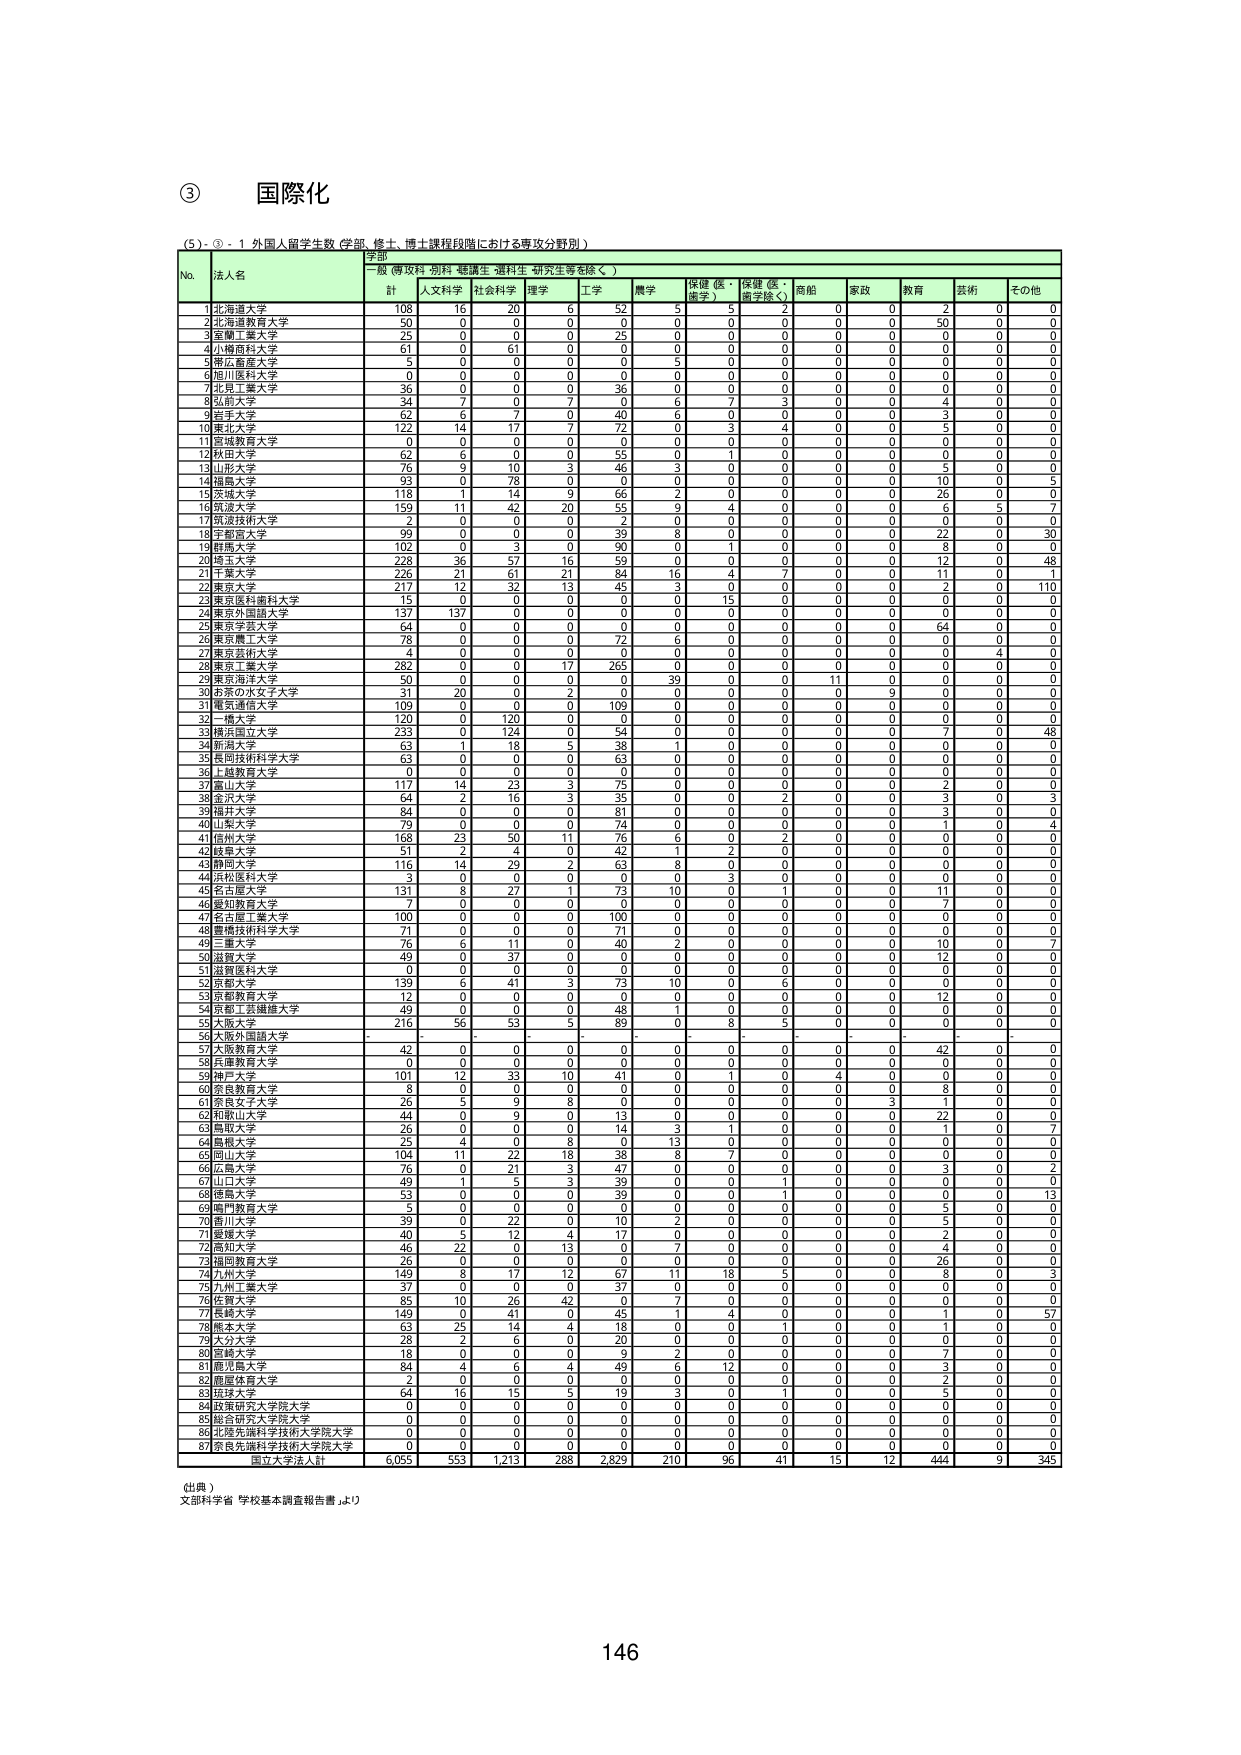
③ 国際化

（5）- ③ - 1 外国人留学生数（学部、修士、博士課程段階における専攻分野別）

学部
一般（専攻科・別科・聴講生・選科生・研究生等を除く）

No. 法人名 計 人文科学 社会科学 理学 工学 農学 保健（医・歯学） 保健（医・歯学除く） 商船 家政 教育 芸術 その他

1 北海道大学 108 16 20 6 52 5 5 2 0 0 2 0 0
2 北海道教育大学 50 0 0 0 0 0 0 0 0 0 50 0 0
3 室蘭工業大学 25 0 0 0 25 0 0 0 0 0 0 0 0
4 小樽商科大学 61 0 61 0 0 0 0 0 0 0 0 0 0
5 帯広畜産大学 5 0 0 0 0 5 0 0 0 0 0 0 0
6 旭川医科大学 0 0 0 0 0 0 0 0 0 0 0 0 0
7 北見工業大学 36 0 0 0 36 0 0 0 0 0 0 0 0
8 弘前大学 34 7 0 7 0 6 7 3 0 0 4 0 0
9 岩手大学 62 6 7 0 40 6 0 0 0 0 3 0 0
10 東北大学 122 14 17 7 72 0 3 4 0 0 5 0 0
11 宮城教育大学 0 0 0 0 0 0 0 0 0 0 0 0 0
12 秋田大学 62 6 0 0 55 0 1 0 0 0 0 0 0
13 山形大学 76 9 10 3 46 3 0 0 0 0 5 0 0
14 福島大学 93 0 78 0 0 0 0 0 0 0 10 0 5
15 久留米大学 118 11 14 9 66 2 0 0 0 0 26 0 0
16 筑波大学 159 11 42 20 55 9 4 0 0 0 6 5 7
17 筑波技術大学 2 0 0 0 2 0 0 0 0 0 0 0 0
18 宇都宮大学 99 0 0 0 39 8 0 0 0 0 22 0 30
19 群馬大学 102 0 3 0 90 0 1 0 0 0 8 0 0
20 埼玉大学 228 36 57 16 59 0 0 0 0 0 12 0 48
21 千葉大学 226 21 61 21 84 16 4 7 0 0 11 0 1
22 東京大学 217 12 32 13 45 3 0 0 0 0 2 0 110
23 東京医科歯科大学 15 0 0 0 0 0 15 0 0 0 0 0 0
24 東京外国語大学 137 137 0 0 0 0 0 0 0 0 0 0 0
25 東京学芸大学 64 0 0 0 0 0 0 0 0 0 64 0 0
26 東京農工大学 78 0 0 0 72 6 0 0 0 0 0 0 0
27 東京芸術大学 4 0 0 0 0 0 0 0 0 0 0 4 0
28 東京工業大学 282 0 0 17 265 0 0 0 0 0 0 0 0
29 東京海洋大学 50 0 0 0 0 39 0 0 11 0 0 0 0
30 お茶の水女子大学 31 20 0 2 0 0 0 0 0 9 0 0 0
31 電気通信大学 109 0 0 0 109 0 0 0 0 0 0 0 0
32 一橋大学 120 0 120 0 0 0 0 0 0 0 0 0 0
33 横浜国立大学 233 0 124 0 54 0 0 0 0 0 7 0 48
34 新潟大学 63 1 18 5 38 1 0 0 0 0 0 0 0
35 長岡技術科学大学 63 0 0 0 63 0 0 0 0 0 0 0 0
36 上越教育大学 0 0 0 0 0 0 0 0 0 0 0 0 0
37 富山大学 117 14 23 3 75 0 0 0 0 0 2 0 0
38 金沢大学 64 2 16 3 35 0 0 2 0 0 3 0 3
39 福井大学 84 0 0 0 81 0 0 0 0 0 3 0 0
40 山梨大学 79 0 0 0 74 0 0 0 0 0 1 0 4
41 信州大学 168 23 50 11 76 6 0 2 0 0 0 0 0
42 静岡大学 51 2 4 0 42 1 2 0 0 0 0 0 0
43 静岡大学 116 14 29 2 63 8 0 0 0 0 0 0 0
44 小松島大学 3 0 0 0 0 0 0 0 0 0 0 0 0
45 名古屋大学 131 8 27 1 73 10 0 1 0 0 11 0 0
46 愛知教育大学 7 0 0 0 0 0 0 0 0 0 7 0 0
47 名古屋工業大学 100 0 0 0 100 0 0 0 0 0 0 0 0
48 豊橋技術科学大学 71 0 0 0 71 0 0 0 0 0 0 0 0
49 三重大学 76 6 11 0 40 2 0 0 0 0 10 0 7
50 滋賀大学 49 0 37 0 0 0 0 0 0 0 12 0 0
51 滋賀医科大学 0 0 0 0 0 0 0 0 0 0 0 0 0
52 京都大学 139 6 41 3 73 10 0 6 0 0 0 0 0
53 京都教育大学 12 0 0 0 0 0 0 0 0 0 12 0 0
54 京都工芸繊維大学 49 0 0 0 48 1 0 0 0 0 0 0 0
55 大阪大学 216 56 53 5 89 0 8 5 0 0 0 0 0
56 大阪外国語大学 - - - - - - - - - - - - -
57 大阪教育大学 42 0 0 0 0 0 0 0 0 0 42 0 0
58 兵庫教育大学 0 0 0 0 0 0 0 0 0 0 0 0 0
59 神戸大学 101 12 33 10 41 0 1 0 4 0 0 0 0
60 奈良教育大学 8 0 0 0 0 0 0 0 0 0 8 0 0
61 奈良女子大学 26 5 0 8 0 0 0 0 0 3 1 0 0
62 和歌山大学 44 0 9 0 13 0 0 0 0 0 22 0 0
63 鳥取大学 26 0 0 0 14 3 1 0 0 0 1 0 7
64 島根大学 25 4 0 8 0 13 0 0 0 0 0 0 0
65 岡山大学 104 11 22 18 38 8 7 0 0 0 0 0 0
66 広島大学 76 0 21 3 47 0 0 0 0 0 3 0 2
67 山口大学 49 1 5 3 39 0 0 1 0 0 0 0 0
68 徳島大学 53 0 0 0 39 0 0 1 0 0 0 0 13
69 鳴門教育大学 5 0 0 0 0 0 0 0 0 0 5 0 0
70 香川大学 39 0 22 0 10 2 0 0 0 0 5 0 0
71 愛媛大学 40 5 12 4 17 0 0 0 0 0 2 0 0
72 高知大学 46 22 0 13 0 7 0 0 0 0 4 0 0
73 福岡教育大学 26 0 0 0 0 0 0 0 0 0 26 0 0
74 九州大学 149 8 17 12 67 11 18 5 0 0 8 0 3
75 九州工業大学 37 0 0 0 37 0 0 0 0 0 0 0 0
76 佐賀大学 85 10 26 42 0 7 0 0 0 0 0 0 0
77 長崎大学 149 0 41 0 45 1 4 0 0 0 1 0 57
78 熊本大学 63 25 14 4 18 0 0 1 0 0 1 0 0
79 大分大学 28 2 6 0 20 0 0 0 0 0 0 0 0
80 宮崎大学 18 0 0 0 9 2 0 0 0 0 7 0 0
81 鹿児島大学 84 4 6 4 49 6 12 0 0 0 3 0 0
82 鹿屋体育大学 2 0 0 0 0 0 0 0 0 0 2 0 0
83 琉球大学 64 16 15 5 19 3 0 1 0 0 5 0 0
84 政策研究大学院大学 0 0 0 0 0 0 0 0 0 0 0 0 0
85 総合研究大学院大学 0 0 0 0 0 0 0 0 0 0 0 0 0
86 北陸先端科学技術大学院大学 0 0 0 0 0 0 0 0 0 0 0 0 0
87 奈良先端科学技術大学院大学 0 0 0 0 0 0 0 0 0 0 0 0 0

国立大学法人計 6,055 553 1,213 288 2,829 210 96 41 15 12 444 9 345

（出典）
文部科学省「学校基本調査報告書」より

146